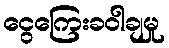
ငွေကြေးခဝါချမှု